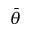
\bar { \theta }